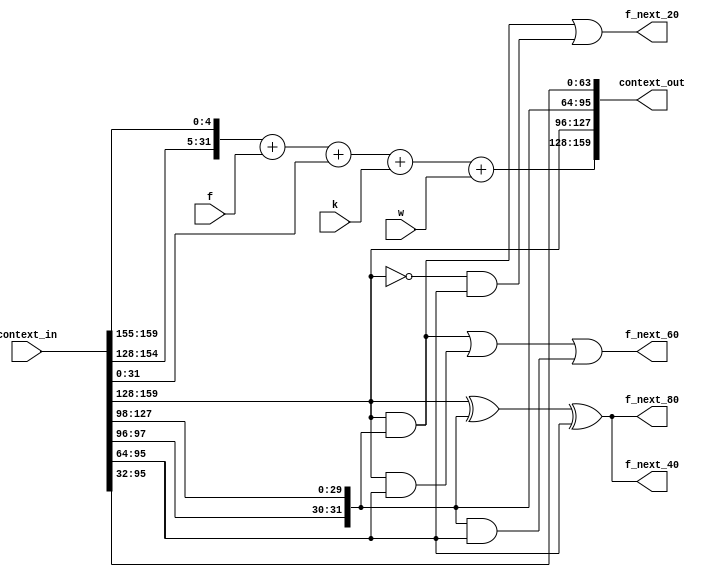
module sha1_round (
    input wire [159:0] context_in,
    input wire [31:0] w,
    input wire [31:0] k,
    input wire [31:0] f,
    output wire [159:0] context_out,
    output wire [31:0] f_next_20,
    output wire [31:0] f_next_40,
    output wire [31:0] f_next_60,
    output wire [31:0] f_next_80);

wire [31:0] a_in = context_in[159:128];
wire [31:0] b_in = context_in[127:96];
wire [31:0] c_in = context_in[95:64];
wire [31:0] d_in = context_in[63:32];
wire [31:0] e_in = context_in[31:0];

wire [31:0] a_out = {a_in[26:0], a_in[31:27]} + f + e_in + k + w;
wire [31:0] b_out = a_in;
wire [31:0] c_out = {b_in[1:0],b_in[31:2]};
wire [31:0] d_out = c_in;
wire [31:0] e_out = d_in;

assign f_next_20 = ((b_out & c_out) | (~b_out & d_out));
assign f_next_40 = (b_out ^ c_out ^ d_out);
assign f_next_60 = ((b_out & c_out) | (b_out & d_out) | (c_out & d_out));
assign f_next_80 = (b_out ^ c_out ^ d_out);

assign context_out = {a_out, b_out, c_out, d_out, e_out};

endmodule